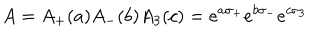
LaTeX: A = A _ { + } ( a ) A _ { - } ( b ) A _ { 3 } ( c ) = e ^ { a \sigma _ { + } } e ^ { b \sigma _ { - } } e ^ { c \sigma _ { 3 } }